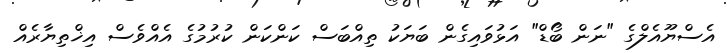
އެސްޔޫއެލްގެ "ނަން ބޯޑް" އަޅުވައިގެން ބަޔަކު ތިއްބަސް ކަންކަން ކުރުމުގެ އެއްވެސް އިޚްތިޔާރެއް